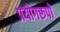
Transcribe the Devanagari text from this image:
प्रयोगरूपों